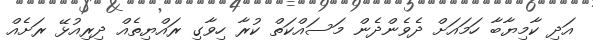
އަދި ކާމިޔާބާ ހަމައަށް ދެވެންދެން މަސައްކަތް ކުރާ ހިވާގި ރައްޔިތެއް ދިރިއުޅޭ ރަށެއް